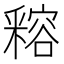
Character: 𨤛